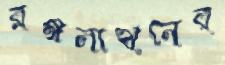
রঙ্গনাথনের